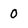
Character: 0